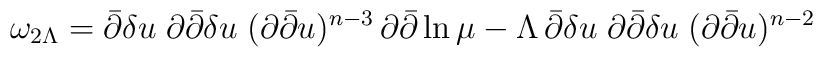
\omega_{2 \Lambda} = \bar{\partial} \delta u  \;   \partial \bar{\partial} \delta u \;  ( \partial \bar{\partial} u )^{n-3} \, \partial \bar{\partial} \ln \mu- \Lambda \, \bar{\partial} \delta u  \;   \partial \bar{\partial} \delta u \;  ( \partial \bar{\partial} u )^{n-2}